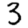
Digit: 3